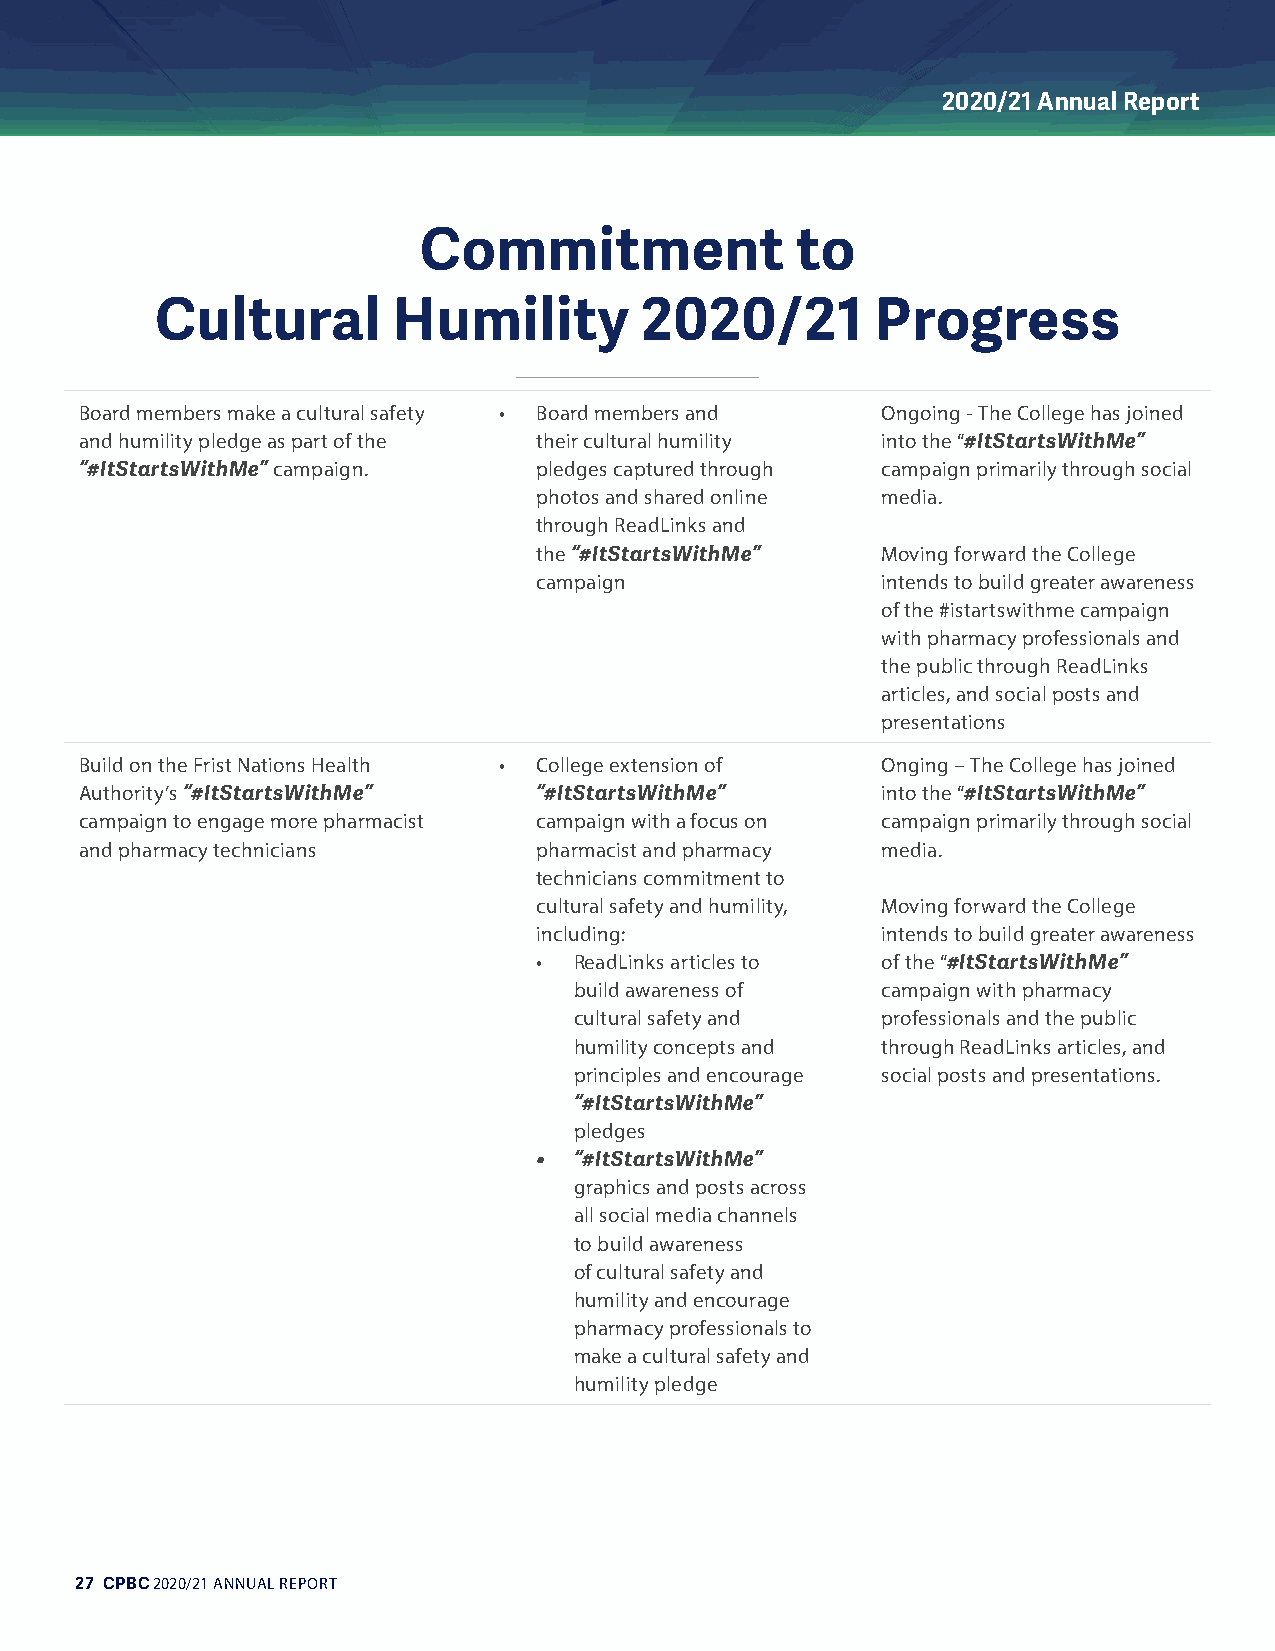
2020/21 Annual Report
 Commitment               to
 Cultural        Humility        2020/21         Progress
 Board members make a cultural safety • Board members and Ongoing - The College has joined
 and humility pledge as part of the their cultural humility into the “#ItStartsWithMe”
 “#ItStartsWithMe” campaign.   pledges captured through campaign primarily through social
 photos and shared online media.
 through ReadLinks and
 the “#ItStartsWithMe”  Moving forward the College
 campaign               intends to build greater awareness
 of the #istartswithme campaign
 with pharmacy professionals and
 the public through ReadLinks
 articles, and social posts and
 presentations
 Build on the Frist Nations Health • College extension of Onging – The College has joined
 Authority’s “#ItStartsWithMe” “#ItStartsWithMe”      into the “#ItStartsWithMe”
 campaign to engage more pharmacist campaign with a focus on campaign primarily through social
 and pharmacy technicians      pharmacist and pharmacy media.
 technicians commitment to
 cultural safety and humility, Moving forward the College
 including:             intends to build greater awareness
 •  ReadLinks articles to of the “#ItStartsWithMe”
 build awareness of  campaign with pharmacy
 cultural safety and professionals and the public
 humility concepts and through ReadLinks articles, and
 principles and encourage social posts and presentations.
 “#ItStartsWithMe”
 pledges
 •  “#ItStartsWithMe”
 graphics and posts across
 all social media channels
 to build awareness
 of cultural safety and
 humility and encourage
 pharmacy professionals to
 make a cultural safety and
 humility pledge
 27 CPBC 2020/21 ANNUAL REPORT